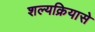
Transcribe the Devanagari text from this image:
शल्यक्रियासे